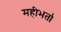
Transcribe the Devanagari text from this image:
महीभर्ता